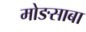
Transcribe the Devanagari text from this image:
मोङसाबा